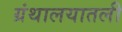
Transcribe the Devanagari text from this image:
ग्रंथालयातली